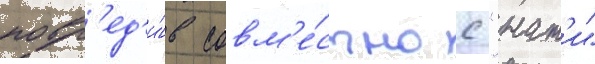
повр'ед'и́в совм'е́стно с "нат'и"